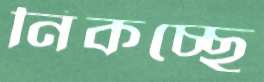
নিকচ্ছে